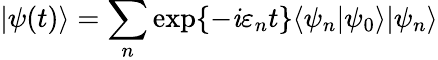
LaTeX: \vert\psi(t)\rangle=\sum_{n}\exp\{ -\mathit{i}\varepsilon_{n}t\} \langle\psi_{n}\vert\psi_{0}\rangle\vert\psi_{n}\rangle